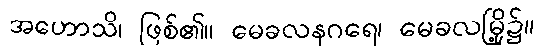
အဟောသိ၊ ဖြစ်၏။ မေခလနဂရေ၊ မေခလမြို့၌။